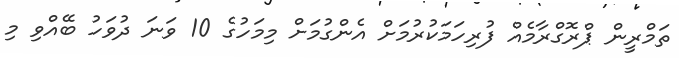
ތަމްރީން ޕްރޮގްރާމެއް ފުރިހަމަކުރުމަށް އެންގުމަށް މިމަހުގެ 10 ވަނަ ދުވަހު ބޭއްވި މި